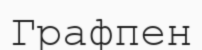
Графпен